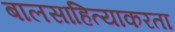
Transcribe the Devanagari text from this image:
बालसाहित्याकरता